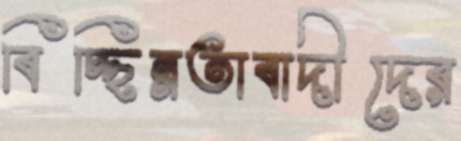
বিচ্ছিন্নতাবাদীদের